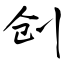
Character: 创